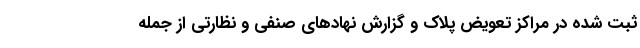
ثبت شده در مراکز تعویض پلاک و گزارش نهادهای صنفی و نظارتی از جمله